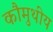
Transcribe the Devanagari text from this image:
कौमुथीय